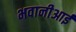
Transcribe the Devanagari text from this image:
भवानीआई